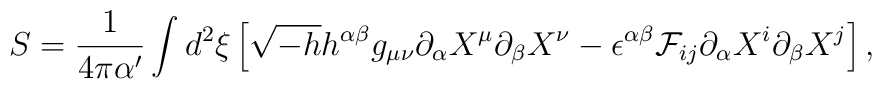
S={1\over{4\pi\alpha^{\prime}}}\int d^2\xi\left[\sqrt{-h}h^{\alpha\beta}g_{\mu\nu}\partial_{\alpha}X^{\mu}\partial_{\beta}X^{\nu}-\epsilon^{\alpha\beta}{\cal F}_{ij}\partial_{\alpha}X^i\partial_{\beta}X^j\right],